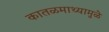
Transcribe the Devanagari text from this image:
कातळमाथ्यामुळे